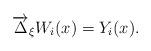
LaTeX: \begin{align*}\overrightarrow{\Delta}_\xi W_i(x)=Y_i(x).\end{align*}